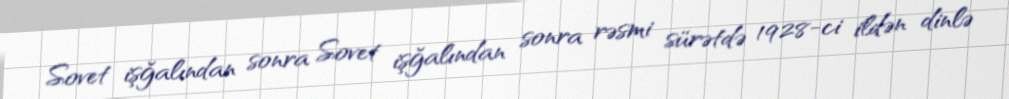
Sovet işğalından sonra Sovet işğalından sonra rəsmi sürətdə 1928-ci ildən dinlə